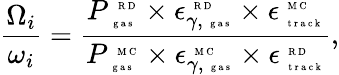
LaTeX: \frac{{\Omega}_{i}}{\omega_{i}}=\frac{P_{\mathrm{~\tiny~g~a~s~}}^{\mathrm{~\tiny~R~D~}}\times\epsilon_{\gamma,\mathrm{~\tiny~g~a~s~}}^{\mathrm{~\tiny~R~D~}}\times\epsilon_{\mathrm{~\tiny~t~r~a~c~k~}}^{\mathrm{~\tiny~M~C~}}}{P_{\mathrm{~\tiny~g~a~s~}}^{\mathrm{~\tiny~M~C~}}\times\epsilon_{\gamma,\mathrm{~\tiny~g~a~s~}}^{\mathrm{~\tiny~M~C~}}\times\epsilon_{\mathrm{~\tiny~t~r~a~c~k~}}^{\mathrm{~\tiny~R~D~}}},